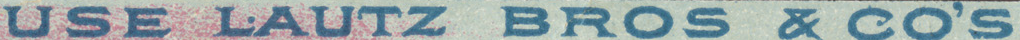
USE LAUTZ BROS & CO'S